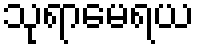
သုရာမေရယ